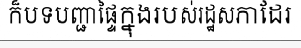
ក៏បទបញ្ជាផ្ទៃក្នុងរបស់រដ្ឋសភាដែរ